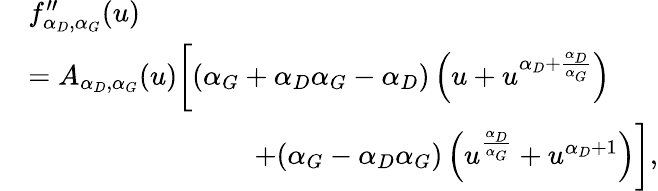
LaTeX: \begin{array}{rl}&{f_{\alpha_{D},\alpha_{G}}^{\prime\prime}(u)}\\ &{=A_{\alpha_{D},\alpha_{G}}(u)\bigg[(\alpha_{G}+\alpha_{D}\alpha_{G}-\alpha_{D})\left(u+u^{\alpha_{D}+\frac{\alpha_{D}}{\alpha_{G}}}\right)}\\ &{\qquad\qquad\qquad\qquad+(\alpha_{G}-\alpha_{D}\alpha_{G})\left(u^{\frac{\alpha_{D}}{\alpha_{G}}}+u^{\alpha_{D}+1}\right)\bigg],}\end{array}